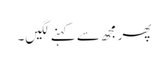
پھر مجھ سے کہنے لگیں۔